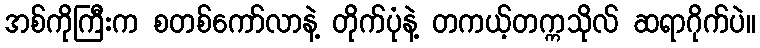
အစ်ကိုကြီးက စတစ်ကော်လာနဲ့ တိုက်ပုံနဲ့ တကယ့်တက္ကသိုလ် ဆရာဂိုက်ပဲ။